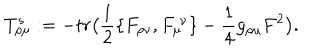
T _ { \rho \mu } ^ { s } : = - t r \big ( { \frac { 1 } { 2 } } \{ F _ { \rho \nu } , F _ { \mu } ^ { \ \nu } \} - { \frac { 1 } { 4 } } g _ { \rho \mu } F ^ { 2 } \big ) .